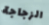
الزجاجة